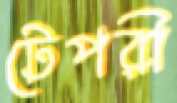
টেপরী